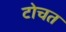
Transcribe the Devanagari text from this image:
टोचत